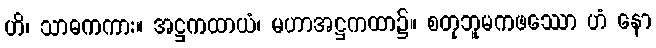
ဟိ၊ သာဓကကား။ အဋ္ဌကထာယံ၊ မဟာအဋ္ဌကထာ၌။ စတုဘူမကဖဿော ဟံ နော